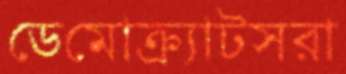
ডেমোক্র্যাটসরা